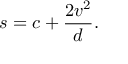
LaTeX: s = c + { \frac { 2 v ^ { 2 } } { d } } .